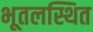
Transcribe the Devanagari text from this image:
भूतलस्थित